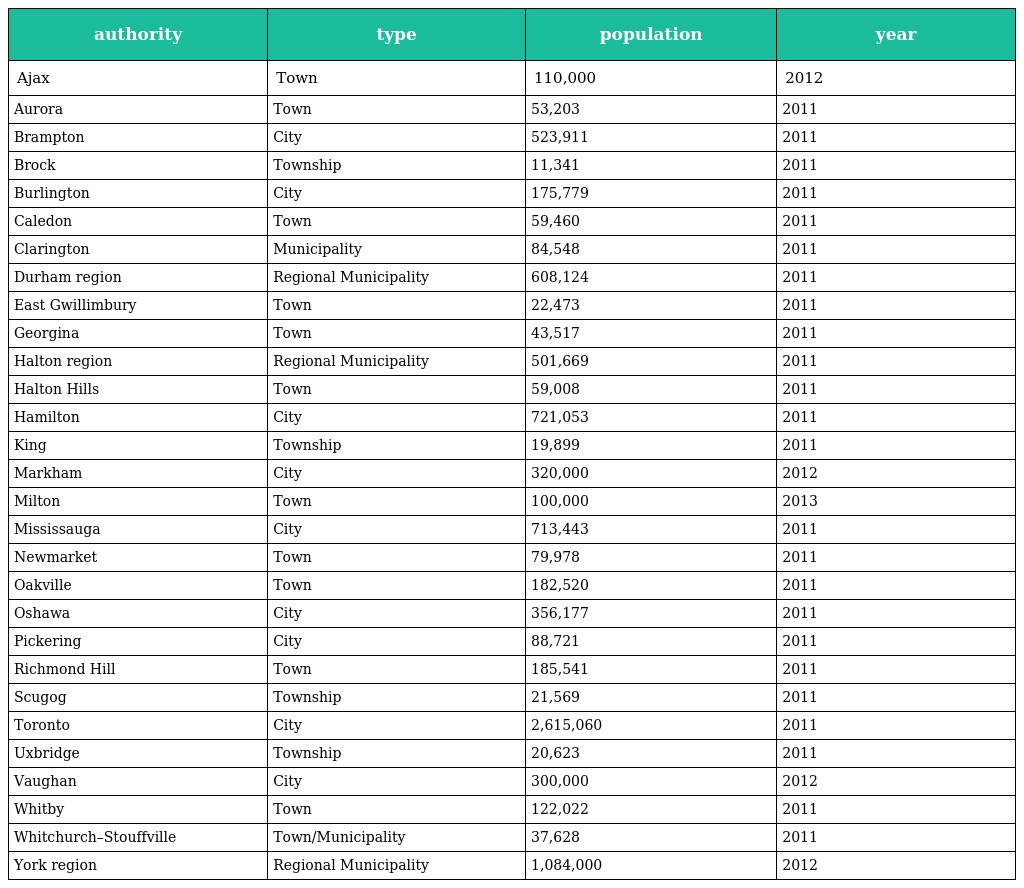
| authority | type | population | year |
 | --- | --- | --- | --- |
 | Ajax | Town | 110,000 | 2012 |
 | Aurora | Town | 53,203 | 2011 |
 | Brampton | City | 523,911 | 2011 |
 | Brock | Township | 11,341 | 2011 |
 | Burlington | City | 175,779 | 2011 |
 | Caledon | Town | 59,460 | 2011 |
 | Clarington | Municipality | 84,548 | 2011 |
 | Durham region | Regional Municipality | 608,124 | 2011 |
 | East Gwillimbury | Town | 22,473 | 2011 |
 | Georgina | Town | 43,517 | 2011 |
 | Halton region | Regional Municipality | 501,669 | 2011 |
 | Halton Hills | Town | 59,008 | 2011 |
 | Hamilton | City | 721,053 | 2011 |
 | King | Township | 19,899 | 2011 |
 | Markham | City | 320,000 | 2012 |
 | Milton | Town | 100,000 | 2013 |
 | Mississauga | City | 713,443 | 2011 |
 | Newmarket | Town | 79,978 | 2011 |
 | Oakville | Town | 182,520 | 2011 |
 | Oshawa | City | 356,177 | 2011 |
 | Pickering | City | 88,721 | 2011 |
 | Richmond Hill | Town | 185,541 | 2011 |
 | Scugog | Township | 21,569 | 2011 |
 | Toronto | City | 2,615,060 | 2011 |
 | Uxbridge | Township | 20,623 | 2011 |
 | Vaughan | City | 300,000 | 2012 |
 | Whitby | Town | 122,022 | 2011 |
 | Whitchurch–Stouffville | Town/Municipality | 37,628 | 2011 |
 | York region | Regional Municipality | 1,084,000 | 2012 |